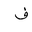
Letter: _fa